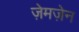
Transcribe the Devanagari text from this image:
ज़ेमज़ेन